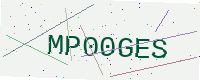
Text: MP00GES